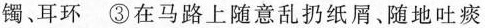
镯、耳环③在马路上随意乱扔纸屑、随地吐痰